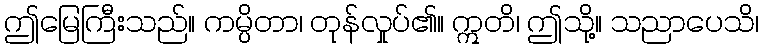
ဤမြေကြီးသည်။ ကမ္ပိတာ၊ တုန်လှုပ်၏။ ဣတိ၊ ဤသို့။ သညာပေသိ၊